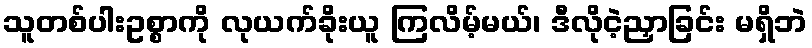
သူတစ်ပါးဥစ္စာကို လုယက်ခိုးယူ ကြလိမ့်မယ်၊ ဒီလိုငဲ့ညှာခြင်း မရှိဘဲ